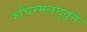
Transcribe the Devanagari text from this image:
रुचिरमलघुवृत्तैः